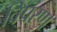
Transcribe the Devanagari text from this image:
विपरण